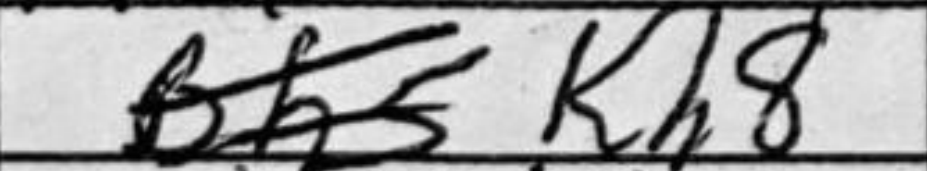
Transcription: Kh8